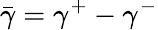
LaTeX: \bar{\gamma}=\gamma^{+}-\gamma^{-}